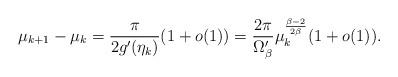
LaTeX: \begin{align*}\mu_{k+1} - \mu_k = \frac{\pi}{2 g'(\eta_k)}(1+o(1)) = \frac{2\pi}{\Omega_{\beta}'} \mu_k^\frac{\beta-2}{2\beta}(1+o(1)).\end{align*}